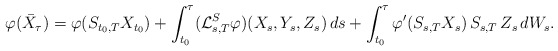
\begin{align*} \varphi( \bar{X}_\tau )& = \varphi( S_{ t_0, T } X_{ t_0 } ) + \int_{ t_0 }^\tau ( \mathcal{L}^S_{ s, T } \varphi )( X_s, Y_s, Z_s ) \, ds+ \int_{ t_0 }^\tau \varphi'( S_{ s, T } X_s ) \, S_{ s, T } \, Z_s \, dW_s .\end{align*}